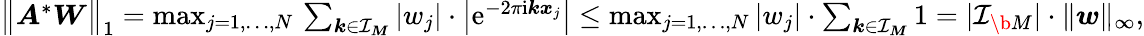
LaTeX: \begin{array}{r}{\big\| \boldsymbol A^{*}\boldsymbol W\big\| _{1}=\operatorname*{max}_{j=1,\dots,N}\, \sum_{\boldsymbol k\in\mathcal I_{\boldsymbol M}}|w_{j}|\cdot\big|\mathrm e^{-2\pi\mathrm i\boldsymbol k\boldsymbol x_{j}}\big|\leq\operatorname*{max}_{j=1,\dots,N}|w_{j}|\cdot\sum_{\boldsymbol k\in\mathcal I_{\boldsymbol M}}1=|\mathcal I_{\b{M}}|\cdot\| \boldsymbol w\| _{\infty},}\end{array}